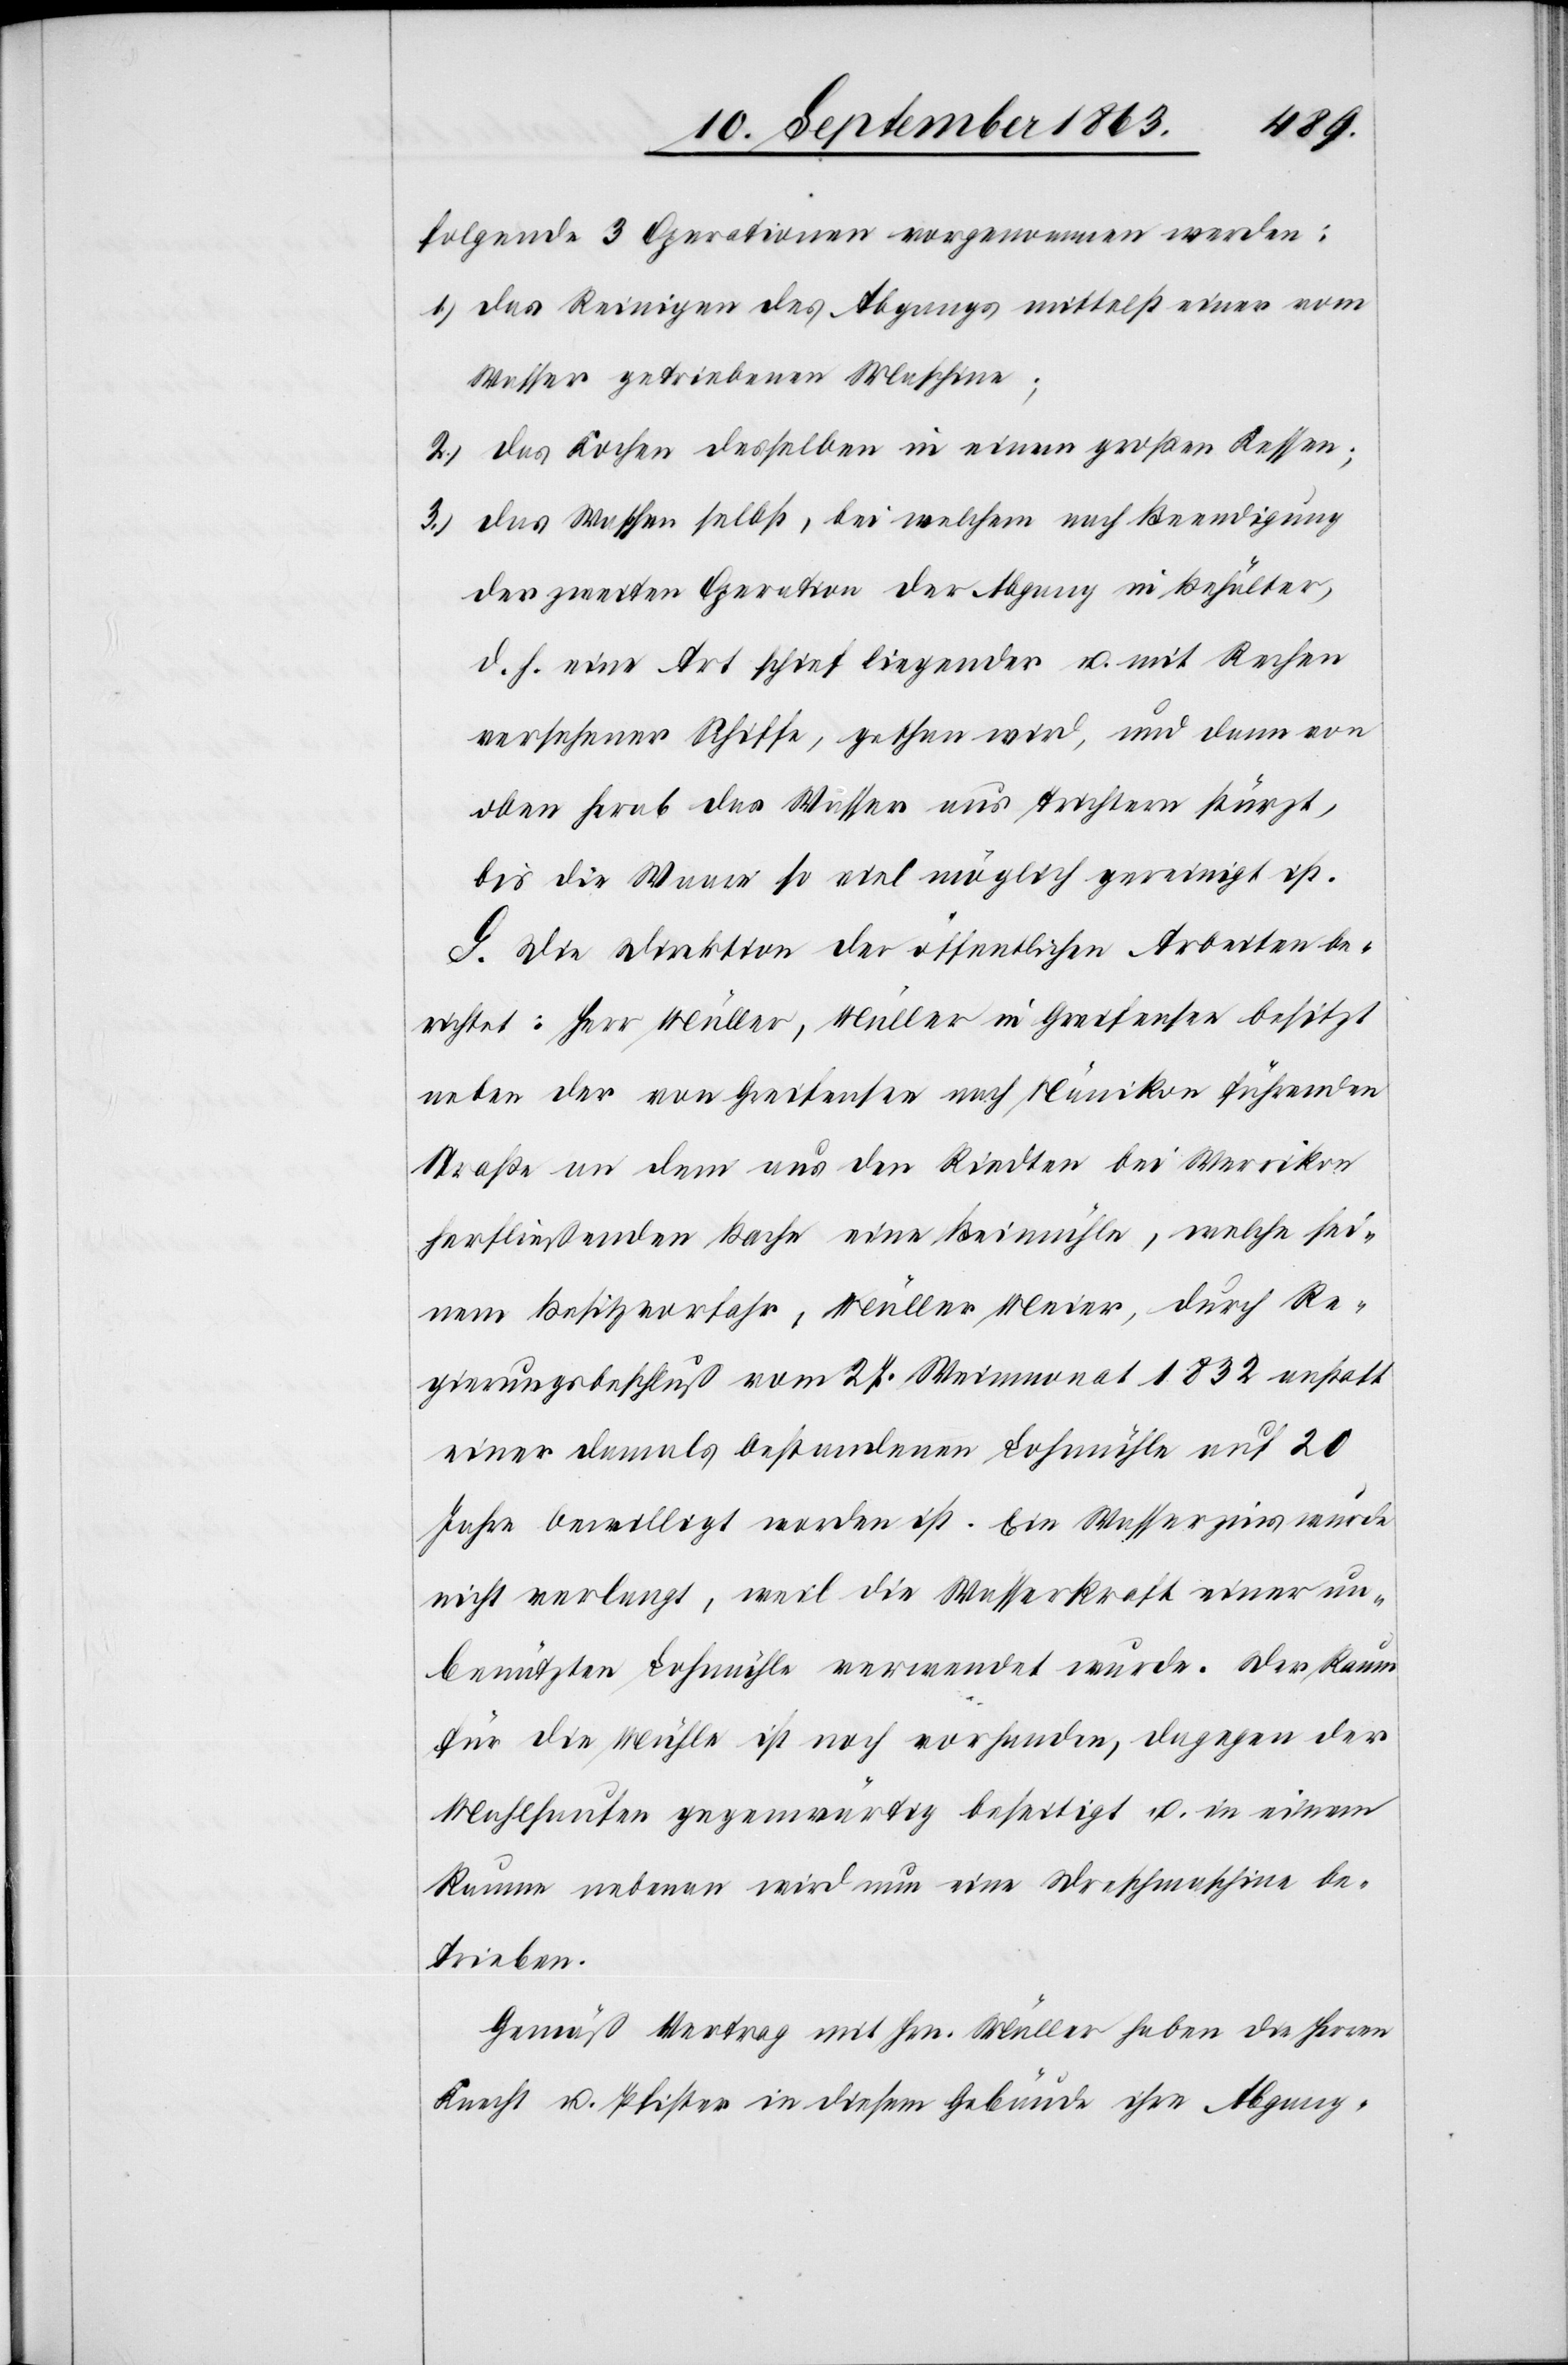
folgende 3 Operationen vorgenommen werden:
1.) das Reinigen des Abgangs mittelst einer vom
Wasser getriebenen Maschine;
2.) das Kochen desselben in einem großen Kessen;
3.) das Waschen selbst, bei welchem nach Beendigung
der zweiten Operation der Abgang in Behälter,
d. h. eine Art schief liegender u. mit Rechen
versehener Schiffe, gethan wird, und dann von
oben herab das Wasser aus Trichtern stürzt,
bis die Waare so viel möglich gereinigt ist.
G. Die Direktion der öffentlichen Arbeiten be¬
richtet: Herr Müller, Müller in Greifensee besitzt
neben der von Greifensee nach Nänikon führenden
Straße an dem aus den Riedten bei Werrikon
herfließenden Bache eine Beimühle, welche sei¬
nem Besitzvorfahr, Müller Meier, durch Re¬
gierungsbeschluß vom 27. Weinmonat 1832 anstatt
einer damals bestandenen Lohmühle auf 20
Jahre bewilligt worden ist. Ein Wasserzins wurde
nicht verlangt, weil die Wasserkraft einer un¬
benützten Lohmühle verwendet wurde. Der Raum
für die Mühle ist noch vorhanden, dagegen der
Mahlhaufen gegenwärtig beseitigt u. in einem
Raume nebenan wird nun eine Dreschmaschine be¬
trieben.
Gemäß Vertrag mit Hrn. Müller haben die Herren
Knecht u. Pfister in diesem Gebäude ihre Abgang-